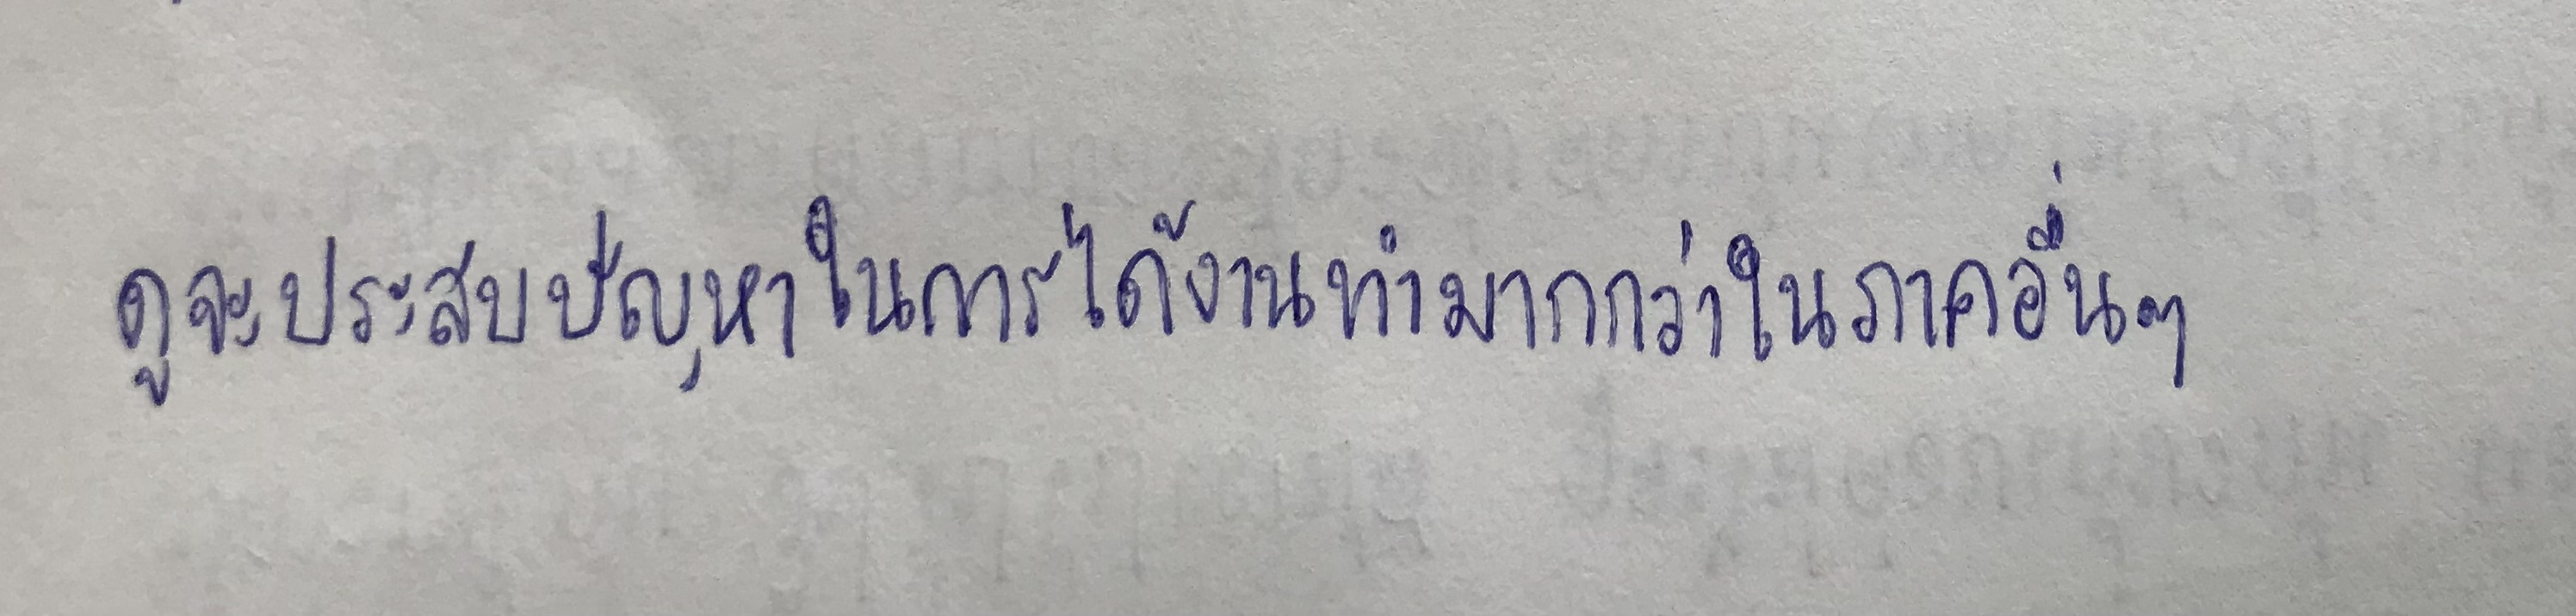
ดูจะประสบปัญหาในการได้งานทำมากกว่าในภาคอื่นๆ